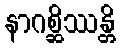
နာဂစ္ဆိဿန္တိ